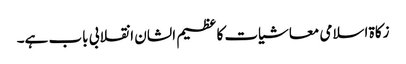
زکاة اسلامی معاشیات کا عظیم الشان انقلابی باب ہے۔